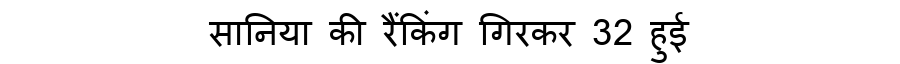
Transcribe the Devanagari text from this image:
सानिया की रैंकिंग गिरकर 32 हुई